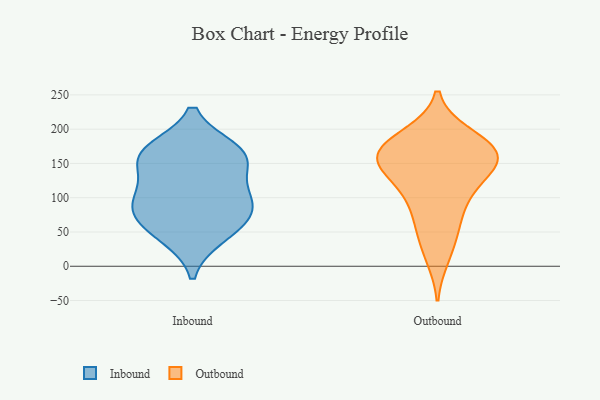
{"axis": {"x": "Bounce Rate (%)", "y": "Value"}, "legend": ["Inbound", "Outbound"], "data": [{"x": "", "y": 107, "type": "Inbound"}, {"x": "", "y": 163, "type": "Inbound"}, {"x": "", "y": 156, "type": "Inbound"}, {"x": "", "y": 159, "type": "Inbound"}, {"x": "", "y": 78, "type": "Inbound"}, {"x": "", "y": 99, "type": "Inbound"}, {"x": "", "y": 44, "type": "Inbound"}, {"x": "", "y": 57, "type": "Inbound"}, {"x": "", "y": 169, "type": "Inbound"}, {"x": "", "y": 87, "type": "Inbound"}, {"x": "", "y": 164, "type": "Outbound"}, {"x": "", "y": 140, "type": "Outbound"}, {"x": "", "y": 64, "type": "Outbound"}, {"x": "", "y": 167, "type": "Outbound"}, {"x": "", "y": 190, "type": "Outbound"}, {"x": "", "y": 13, "type": "Outbound"}, {"x": "", "y": 125, "type": "Outbound"}, {"x": "", "y": 105, "type": "Outbound"}, {"x": "", "y": 47, "type": "Outbound"}, {"x": "", "y": 192, "type": "Outbound"}, {"x": "", "y": 95, "type": "Outbound"}, {"x": "", "y": 154, "type": "Outbound"}, {"x": "", "y": 163, "type": "Outbound"}, {"x": "", "y": 152, "type": "Outbound"}, {"x": "", "y": 167, "type": "Outbound"}]}